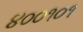
૪૦૦૧૦૧